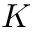
K